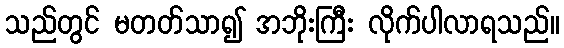
သည်တွင် မတတ်သာ၍ အဘိုးကြီး လိုက်ပါလာရသည်။